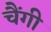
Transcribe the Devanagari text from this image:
चैंगी